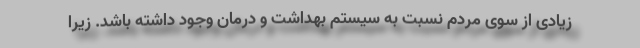
زیادی از سوی مردم نسبت به سیستم بهداشت و درمان وجود داشته باشد. زیرا